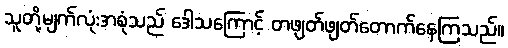
သူတို့မျက်လုံးအစုံသည် ဒေါသကြောင့် တဖျတ်ဖျတ်တောက်နေကြသည်။